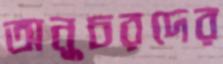
অনুচরদের